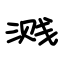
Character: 溅